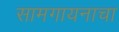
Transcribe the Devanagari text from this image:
सामगायनाचा